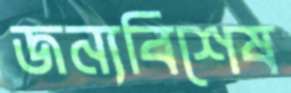
জন্যবিশেষ